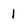
Character: i